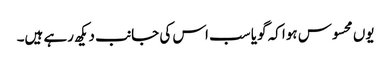
یوں محسوس ہوا کہ گویا سب اس کی جانب دیکھ رہے ہیں۔